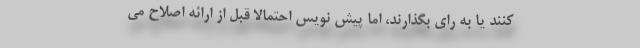
کنند یا به رای بگذارند، اما پیش نویس احتمالاً قبل از ارائه اصلاح می